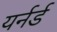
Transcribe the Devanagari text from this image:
यर्नर्ड